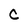
Character: C